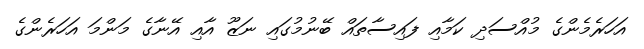
އަހަރެމެންގެ މުއްސަދި ކަމާއި ފައިސާތައް ބޭނުމުގައި ނަޒޫ އާއި އޭނާގެ މަންމަ އަހަރެންގެ